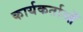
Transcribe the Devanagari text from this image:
कार्यकर्ताओँ